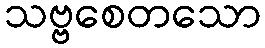
သဗ္ဗစေတသော